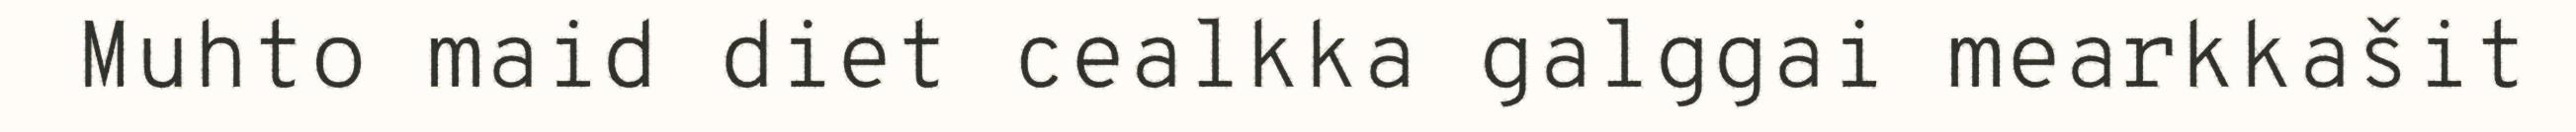
Muhto maid diet cealkka galggai mearkkašit